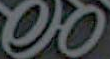
00